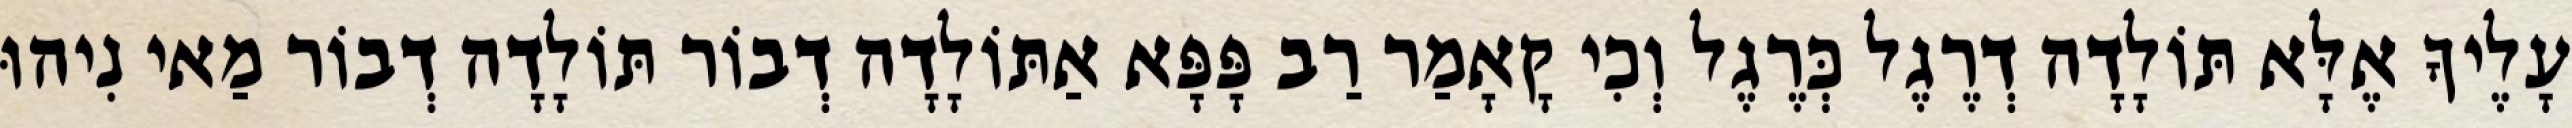
עָלֶיךָ אֶלָּא תּוֹלָדָה דְרֶגֶל כְּרֶגֶל וְכִי קָאָמַר רַב פָּפָּא אַתּוֹלָדָה דְבוֹר תּוֹלָדָה דְבוֹר מַאי נִיהוּ